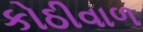
કોઠીવાળ